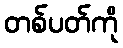
တစ်ပတ်ကို